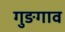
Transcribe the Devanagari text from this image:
गुङगाव